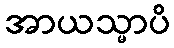
အာယသ္မာပိ